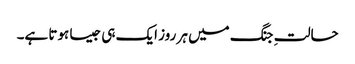
حالتِ جنگ میں ہر روز ایک ہی جیسا ہوتا ہے۔